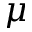
\mu